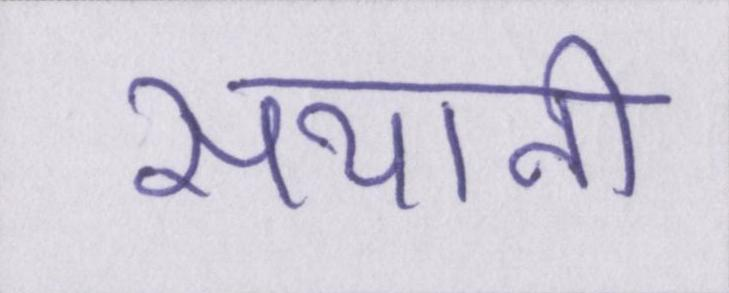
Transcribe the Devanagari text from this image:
सयानी